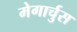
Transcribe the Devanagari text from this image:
मेगार्चुस